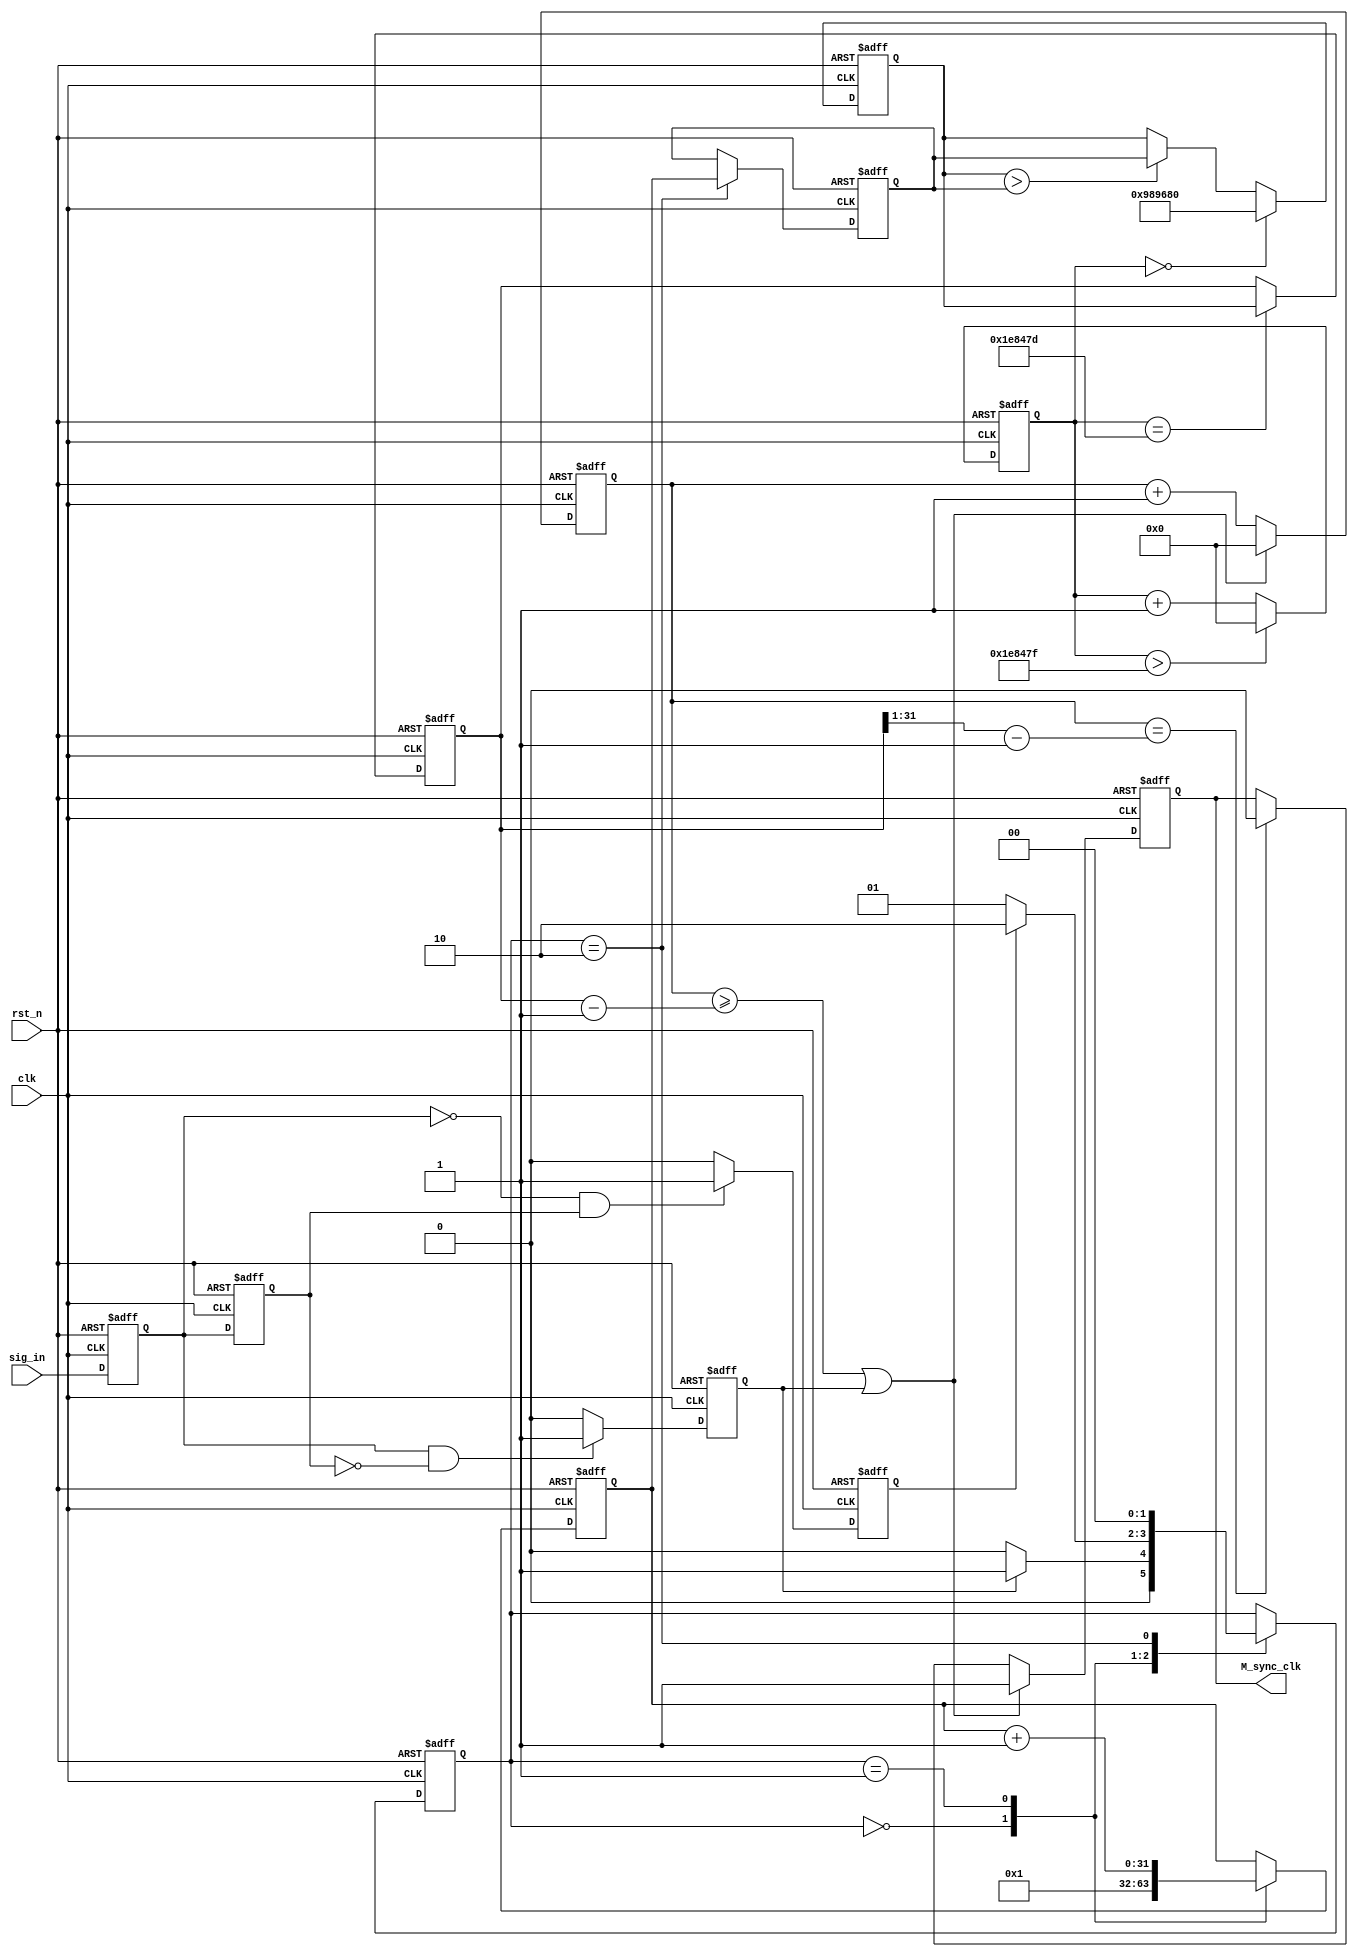
/*-----------------------------------------------------------------------

Date				:		2017-07-29
Description			:		Design for M.
							clk = 200M
							pinlv 1M
-----------------------------------------------------------------------*/

module M_sync
(
	//global clock
	input					clk,			//system clock
	input					rst_n,     		//sync reset
	
	//sig_in interface
	input					sig_in,
	
	//sig_out	interface
	output		reg			M_sync_clk
	
); 


//--------------------------------
//Funtion :   pos  neg             
reg					sig_in_r;
reg					sig_in_r1;

always @(posedge clk or negedge rst_n)
begin
	if(!rst_n)
	begin
		sig_in_r  <= 1'b0;
		sig_in_r1 <= 1'b1;
	end
	else
	begin
		sig_in_r  <= sig_in;
		sig_in_r1 <= sig_in_r;
	end
end

//pos
reg		sig_in_pos;

always @(posedge clk or negedge rst_n)
begin
	if(!rst_n)
		sig_in_pos <= 1'b0;
	else if((sig_in_r == 1'b1) && (sig_in_r1 == 1'b0))
		sig_in_pos <= 1'b1;
	else
		sig_in_pos <= 1'b0;
end


//neg

reg		sig_in_neg;

always @(posedge clk or negedge rst_n)
begin
	if(!rst_n)
		sig_in_neg <= 1'b0;
	else if((sig_in_r == 1'b0) && (sig_in_r1 == 1'b1))
		sig_in_neg <= 1'b1;
	else
		sig_in_neg <= 1'b0;
end
//--------------------------------
//Funtion :  state for high count
reg		[1:0]		state_sync;

always @(posedge clk or negedge rst_n)
begin
	if(!rst_n)
		state_sync <= 2'd0;
	else 
		case(state_sync)
		
		//
		2'd0 :
		begin
			if(sig_in_pos)
				state_sync <= 2'd1;
			else
				state_sync <= 2'd0;
		end
			
		//count
		2'd1 :
		begin
			if(sig_in_neg)
				state_sync <= 2'd2;
			else
				state_sync <= 2'd1;
		end
		
		//cunchu
		2'd2 :
		begin
			state_sync <= 2'd0;
		end
		endcase
end     

//--------------------------------
//Funtion :  cnt for high count
//

reg			[31:0]		cnt_high;
reg			[31:0]		cnt_high_temp;
always @(posedge clk or negedge rst_n)
begin
	if(!rst_n)
	begin
		cnt_high <= 32'd0;
		cnt_high_temp <= 32'd0;
	end
	else
	case(state_sync)
		2'd0 :
		begin
			cnt_high <= 32'd1;
		end
		
		2'd1 :
		begin
			cnt_high <= cnt_high + 1'b1;
		end
		
		2'd2 :
		begin
			cnt_high_temp <= cnt_high;
		end
	endcase
end

//--------------------------------
//Funtion :  

parameter		TEM_MS = 32'd2_000_000;
reg		[31:0]	cnt_com;

always @(posedge clk or negedge rst_n)
begin
	if(!rst_n)
		cnt_com <= 32'd0;
	else if(cnt_com > TEM_MS - 1'b1)
		cnt_com <= 32'd0;
	else
		cnt_com <= cnt_com + 1'b1; 
end

reg		[31:0]	compar;

always @(posedge clk or negedge rst_n)
begin
	if(!rst_n)
		compar <= 32'd0;
	else if(cnt_com == 32'd0)
		compar <= 32'd10_000_000;
	else if(compar > cnt_high_temp)
		compar <= cnt_high_temp;
	else
		compar <= compar;
end

reg		[31:0]		num_sig;

always @(posedge clk or negedge rst_n)
begin
	if(!rst_n)
		num_sig <= 32'd0;
	else if(cnt_com == TEM_MS - 2'd3)
		num_sig <= compar;
end

//--------------------------------
//Funtion : 	clk
//				 clk

/* reg			[31:0]		cnt_man_clk;

always @(posedge clk or negedge rst_n)
begin
	if(!rst_n)
		cnt_man_clk <= 32'd10;		//
	else if(cnt_man_clk >= num_sig - 1'b1)
		cnt_man_clk <= 32'd0;
	else
		cnt_man_clk <= cnt_man_clk + 1'b1;
end

wire		man_clk_value;
assign		man_clk_value = (cnt_man_clk >= num_sig - 1'b1) ? 1'b1 : 1'b0; */

/* reg					man_clk_r;
reg					man_clk_r1;
always @(posedge clk or negedge rst_n)
begin
	if(!rst_n)
	begin
		man_clk_r  <= 1'b0;
		man_clk_r1 <= 1'b0;
	end
	else if(man_clk_value)
	begin
		man_clk_r  <= sig_in_r1;
		man_clk_r1 <= man_clk_r; 
	end
end

wire				clk_pos_value;
assign				clk_pos_value = ((man_clk_r == man_clk_r1) && (sig_in_pos || sig_in_neg)) ? 1'b1 : 1'b0;
 *///--------------------------------
//Funtion : 	sync_clk

reg		[31:0]		cnt_sync_clk;

always @(posedge clk or negedge rst_n)
begin
	if(!rst_n)
		cnt_sync_clk <= 32'd0;
	else if((cnt_sync_clk >= (num_sig - 1'b1)) || sig_in_pos)
		cnt_sync_clk <= 32'd0;
	else
		cnt_sync_clk <= cnt_sync_clk + 1'd1;
end

/* wire	[31:0]		half_num;
assign				half_num   = num_sig >> 1; */


always @(posedge clk or negedge rst_n)
begin
	if(!rst_n)
		M_sync_clk <= 1'd0;
	else if((cnt_sync_clk >= (num_sig - 1'b1)) || sig_in_pos)
		M_sync_clk <= 1'd1;
	else if(cnt_sync_clk == (num_sig >> 1) - 1'b1)
		M_sync_clk <= 1'd0;
	else
		M_sync_clk <= M_sync_clk;
end





endmodule